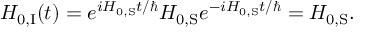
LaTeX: H _ { 0 , { \mathrm { I } } } ( t ) = e ^ { i H _ { 0 , { \mathrm { S } } } t / \hbar } H _ { 0 , { \mathrm { S } } } e ^ { - i H _ { 0 , { \mathrm { S } } } t / \hbar } = H _ { 0 , { \mathrm { S } } } .